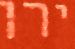
ירו